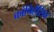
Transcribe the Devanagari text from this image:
कांपिहेंसिव